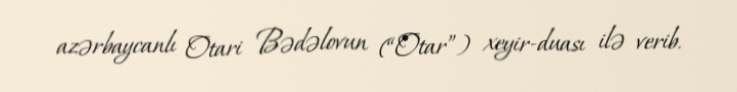
azərbaycanlı Otari Bədəlovun (“Otar”) xeyir-duası ilə verib.